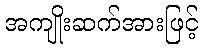
အကျိုးဆက်အားဖြင့်